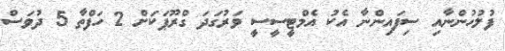
ފުލުހުންނާއި ސިފައިންނާ އެކު އެމްޓީސީސީ ވަރުގަދަ ގްރޫޕަކަށް 2 ހަފްތާ 5 ދުވަސް